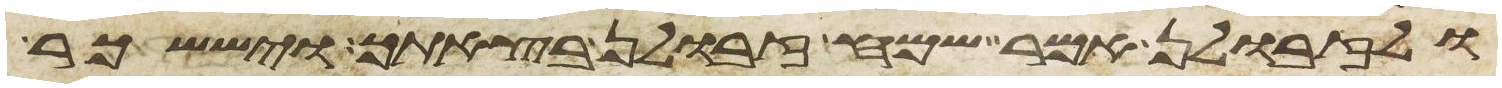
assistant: ולזבולן אמר שמח זבולן בצאתך ויששכר